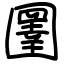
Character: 圛